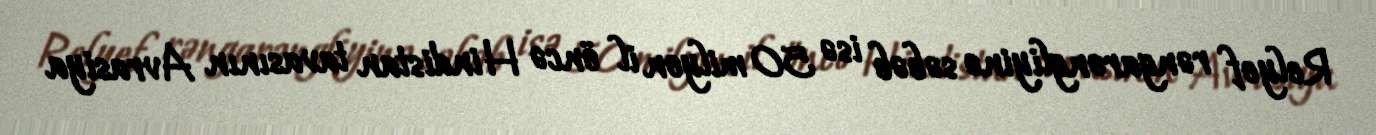
Relyef rəngarəngliyinə səbəb isə 50 milyon il öncə Hindistan tavasının Avrasiya